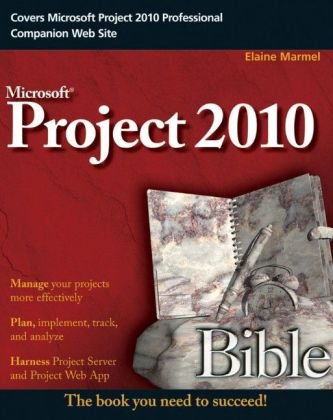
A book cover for Project 2010 Bible; Elaine Marmel; Computers & Technology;